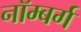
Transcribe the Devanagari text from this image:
नॉम्बर्ग